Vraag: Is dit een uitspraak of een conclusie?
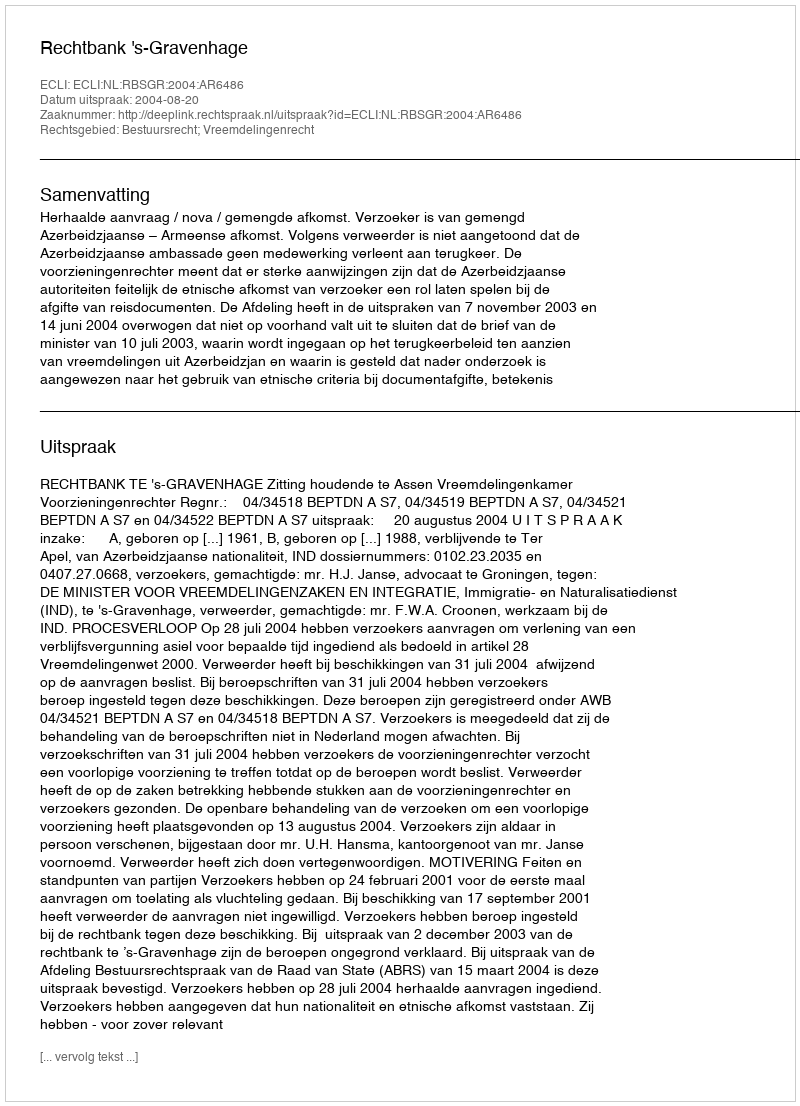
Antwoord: Uitspraak